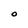
Character: O